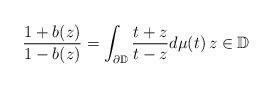
LaTeX: \begin{align*}\frac{1+b(z)}{1-b(z)}=\int_{\partial \mathbb{D}}\frac{t+z}{t-z}d\mu(t)\, z \in \mathbb{D} \end{align*}